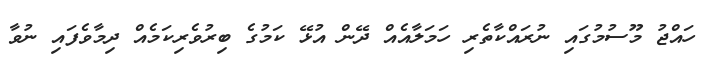
ހައްޖު މޫސުމުގައި ނުރައްކާތެރި ހަމަލާއެއް ދޭން އުޅޭ ކަމުގެ ބިރުވެރިކަމެއް ދިމާވެފައި ނުވާ